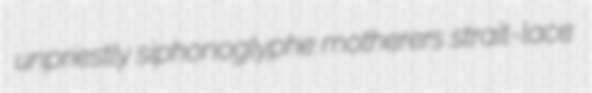
unpriestly siphonoglyphe motherers strait-lace